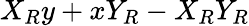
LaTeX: X_{R}y+xY_{R}-X_{R}Y_{R}